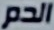
الدم